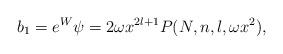
LaTeX: \begin{align*}b_1 = e^W \psi = 2 \omega x^{2l+1} P(N,n,l,\omega x^2),\end{align*}